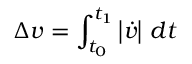
\Delta { v } = \int _ { t _ { 0 } } ^ { t _ { 1 } } \left| { \dot { v } } \right| \, d t